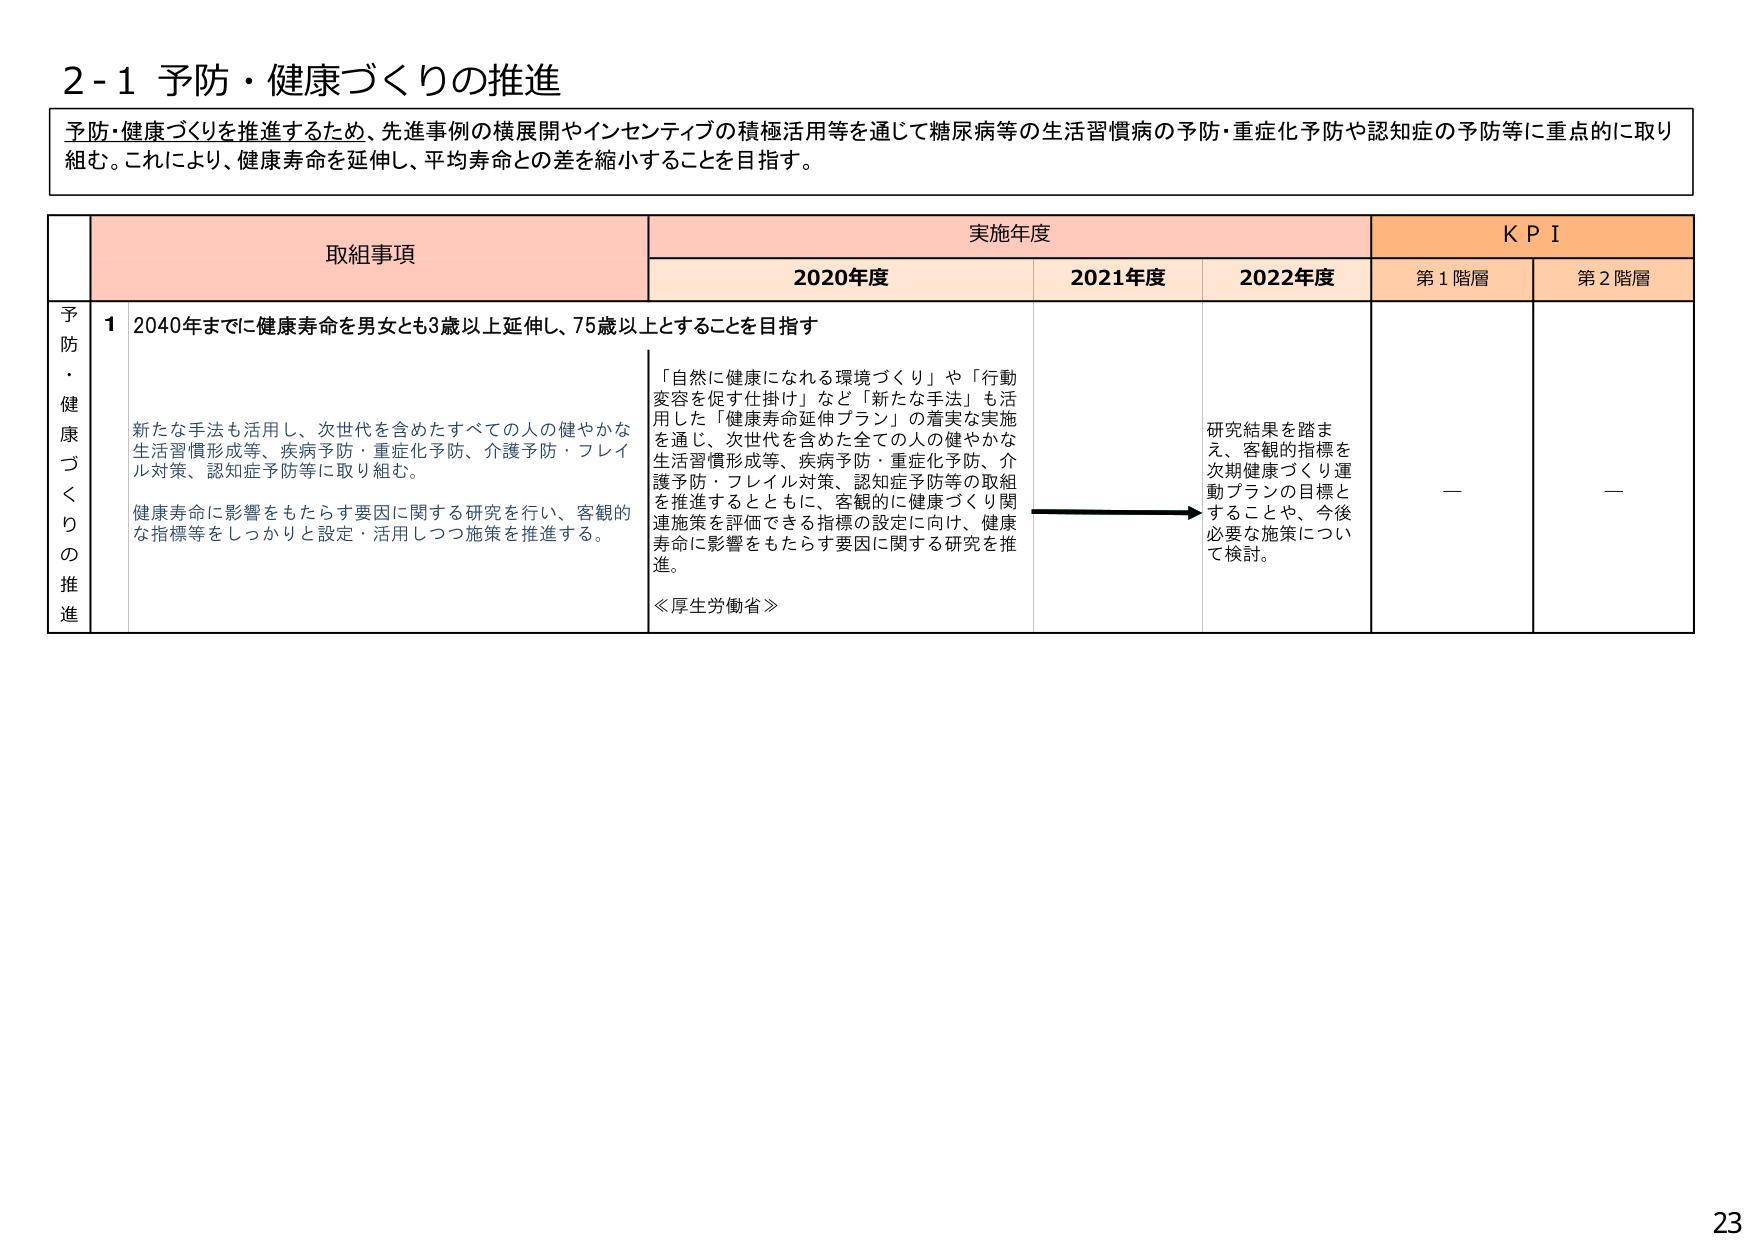
2-1 予防・健康づくりの推進

予防・健康づくりを推進するため、先進事例の横展開やインセンティブの積極活用等を通じて糖尿病等の生活習慣病の予防・重症化予防や認知症の予防等に重点的に取り組む。これにより、健康寿命を延伸し、平均寿命との差を縮小することを目指す。

取組事項 実施年度 KPI
2020年度 2021年度 2022年度 第1階層 第2階層

予防・健康づくりの推進
1 2040年までに健康寿命を男女とも3歳以上延伸し、75歳以上とすることを目指す

新たな手法も活用し、次世代を含めたすべての人の健やかな生活習慣形成等、疾病予防・重症化予防、介護予防・フレイル対策、認知症予防等に取り組む。

健康寿命に影響をもたらす要因に関する研究を行い、客観的な指標等をしっかり設定・活用しつつ施策を推進する。

「自然に健康になれる環境づくり」や「行動変容を促す仕掛け」など「新たな手法」も活用した「健康寿命延伸プラン」の着実な実施を通じ、次世代を含めた全ての人の健やかな生活習慣形成等、疾病予防・重症化予防、介護予防・フレイル対策、認知症予防等の取組を推進するとともに、客観的に健康づくり関連施策を評価できる指標の設定に向け、健康寿命に影響をもたらす要因に関する研究を推進。

《厚生労働省》

研究結果を踏まえ、客観的指標を次期健康づくり運動プランの目標とすることや、今後必要な施策について検討。

—

—

23